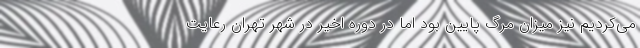
می‌کردیم نیز میزان مرگ پایین بود اما در دوره‌ اخیر در شهر تهران رعایت